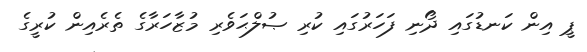
ޕީ އިން ކަނޑުގައި ދޯނި ފަހަރުގައި ކުރި ޞުލްޙަވެރި މުޒާހަރާގެ ތެރެއިން ކުރީގެ